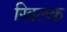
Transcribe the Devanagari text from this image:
खिलक